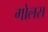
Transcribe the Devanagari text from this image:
गोलस